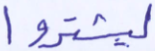
ليشتروا